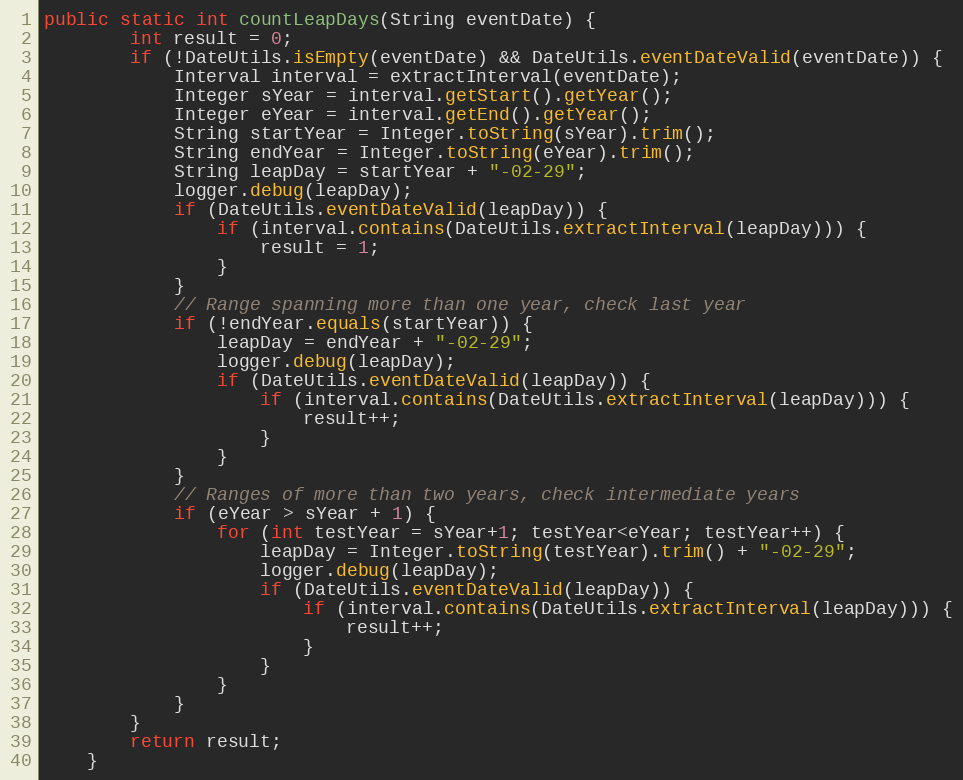
Language: Java
public static int countLeapDays(String eventDate) {
		int result = 0;
		if (!DateUtils.isEmpty(eventDate) && DateUtils.eventDateValid(eventDate)) {
			Interval interval = extractInterval(eventDate);
			Integer sYear = interval.getStart().getYear();
			Integer eYear = interval.getEnd().getYear();
			String startYear = Integer.toString(sYear).trim();
			String endYear = Integer.toString(eYear).trim();
			String leapDay = startYear + "-02-29";
			logger.debug(leapDay);
			if (DateUtils.eventDateValid(leapDay)) {
				if (interval.contains(DateUtils.extractInterval(leapDay))) {
					result = 1;
				}
			}
			// Range spanning more than one year, check last year
			if (!endYear.equals(startYear)) {
				leapDay = endYear + "-02-29";
				logger.debug(leapDay);
				if (DateUtils.eventDateValid(leapDay)) {
					if (interval.contains(DateUtils.extractInterval(leapDay))) {
						result++;
					}
				}
			}
			// Ranges of more than two years, check intermediate years
			if (eYear > sYear + 1) {
				for (int testYear = sYear+1; testYear<eYear; testYear++) {
					leapDay = Integer.toString(testYear).trim() + "-02-29";
					logger.debug(leapDay);
					if (DateUtils.eventDateValid(leapDay)) {
						if (interval.contains(DateUtils.extractInterval(leapDay))) {
							result++;
						}
					}
				}
			}
		}
		return result;
	}